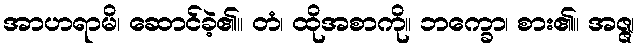
အာဟရာမိ၊ ဆောင်ခဲ့၏။ တံ၊ ထိုအစာကို။ ဘက္ခော၊ စား၏။ အဇ္ဇ၊